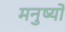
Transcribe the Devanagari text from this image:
मनुष्‍यो